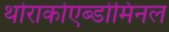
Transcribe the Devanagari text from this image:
थोराकोएब्डोमिनल